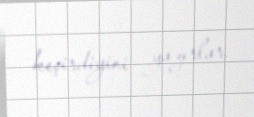
keçirdiyini yazırlar.